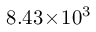
8 . 4 3 \! \times \! 1 0 ^ { 3 }